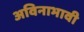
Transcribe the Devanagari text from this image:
अविनाभावी